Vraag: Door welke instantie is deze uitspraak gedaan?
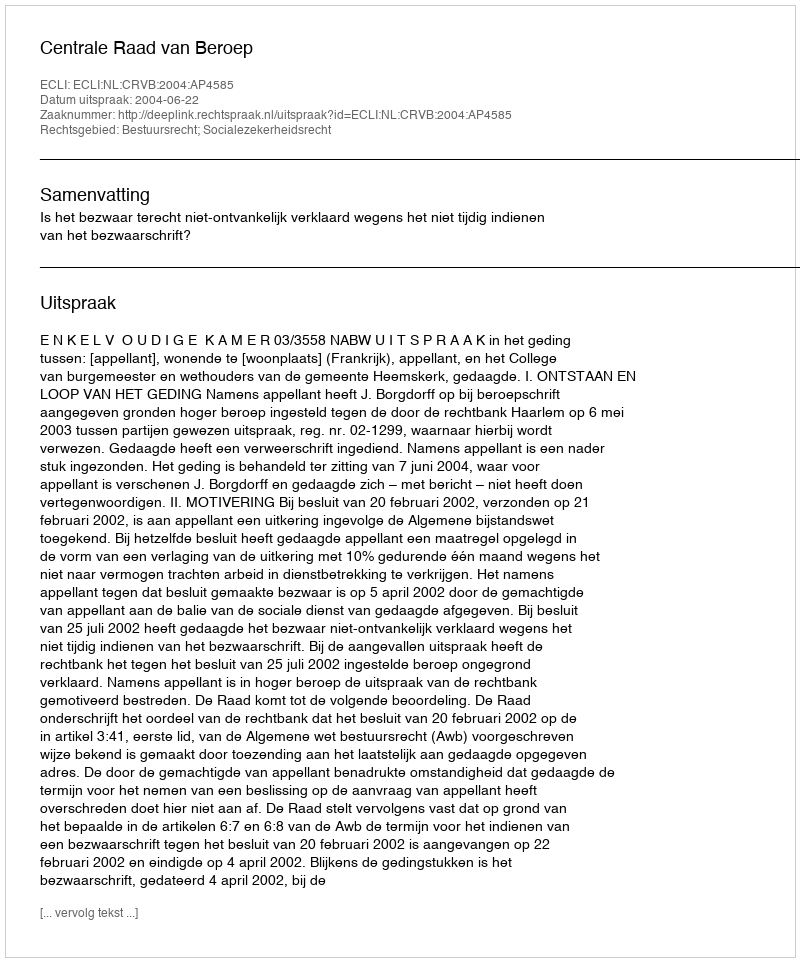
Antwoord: Centrale Raad van Beroep